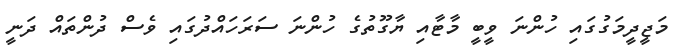
މަޖީދީމަގުގައި ހުންނަ ވީބީ މާޓާއި ޔާގޫތުގެ ހުންނަ ސަރަހައްދުގައި ވެސް ދުންތައް ދަނީ